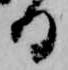
る